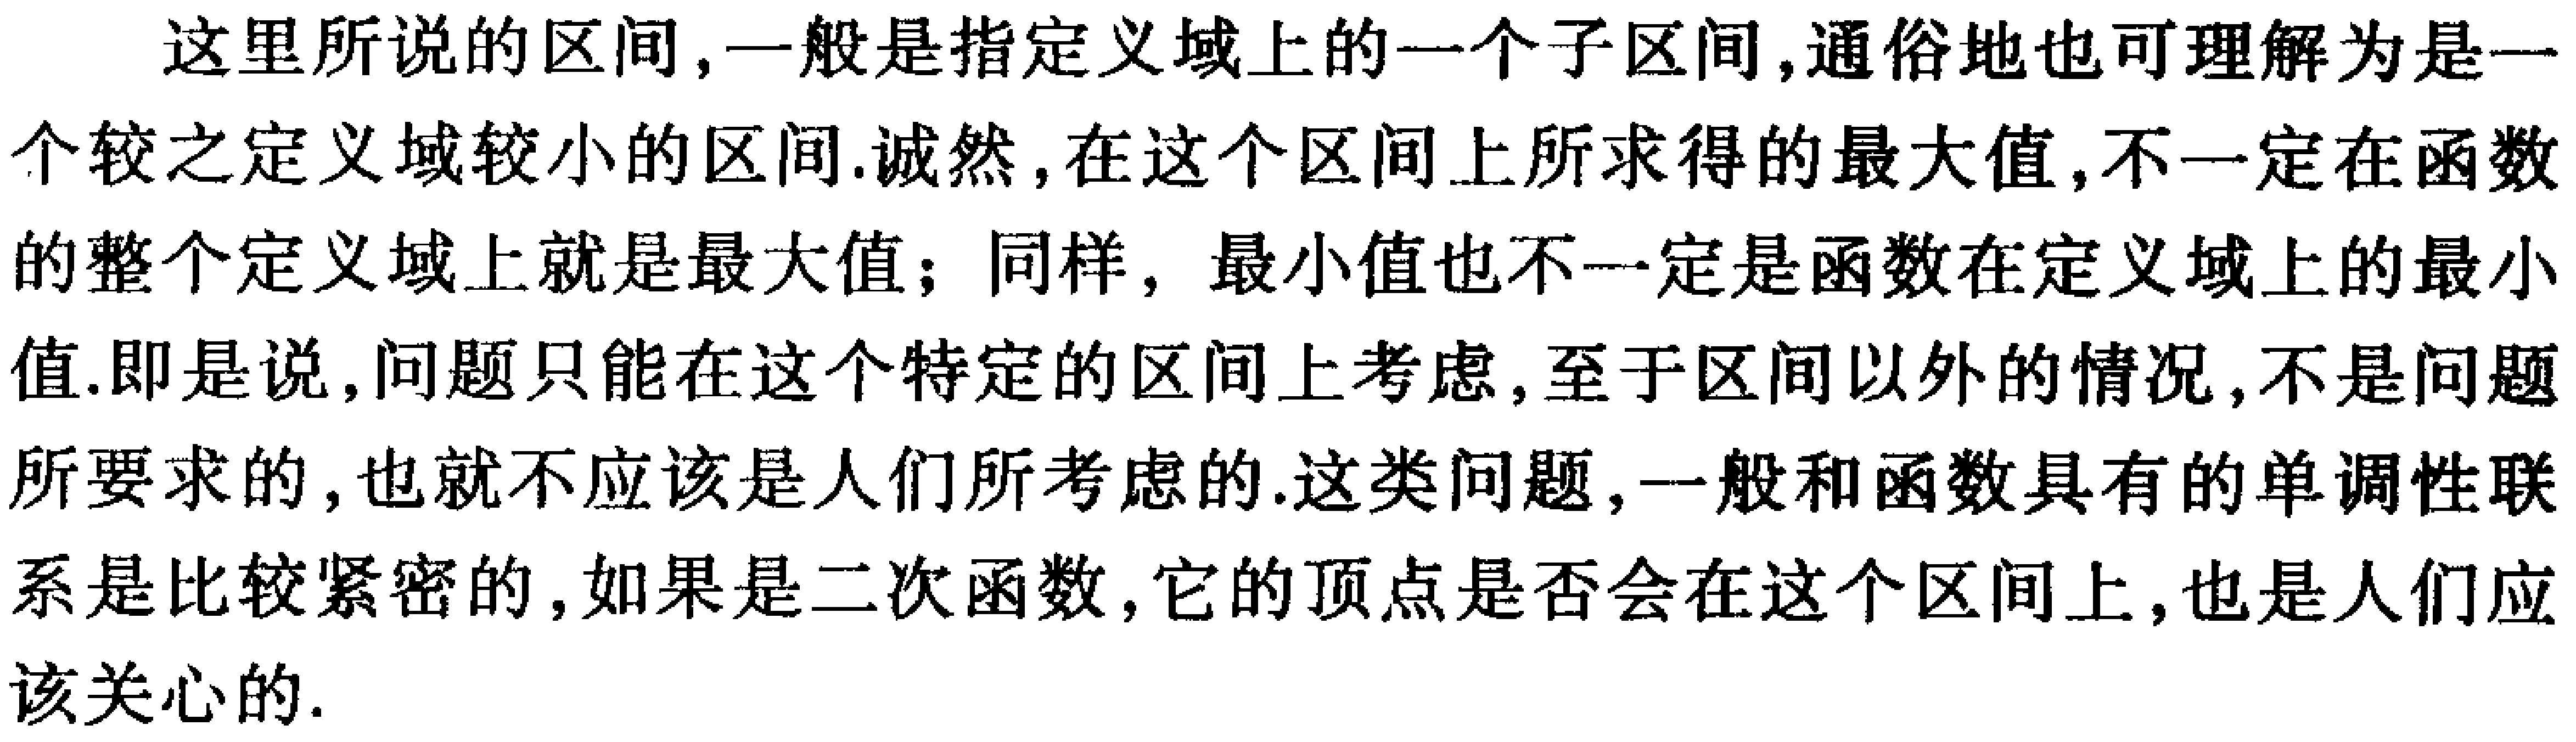
这里所说的区间,一般是指定义域上的一个子区间,通俗地也可理解为是一个较之定义域较小的区间.诚然,在这个区间上所求得的最大值,不一定在函数的整个定义域上就是最大值；同样，最小值也不一定是函数在定义域上的最小值.即是说,问题只能在这个特定的区间上考虑,至于区间以外的情况,不是问题所要求的,也就不应该是人们所考虑的.这类问题,一般和函数具有的单调性联系是比较紧密的,如果是二次函数,它的顶点是否会在这个区间上,也是人们应该关心的.